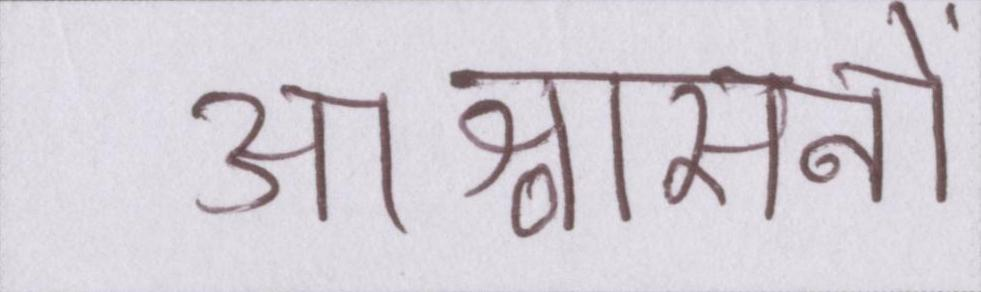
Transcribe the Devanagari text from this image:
आश्वासनों